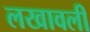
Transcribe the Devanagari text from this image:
लखावली